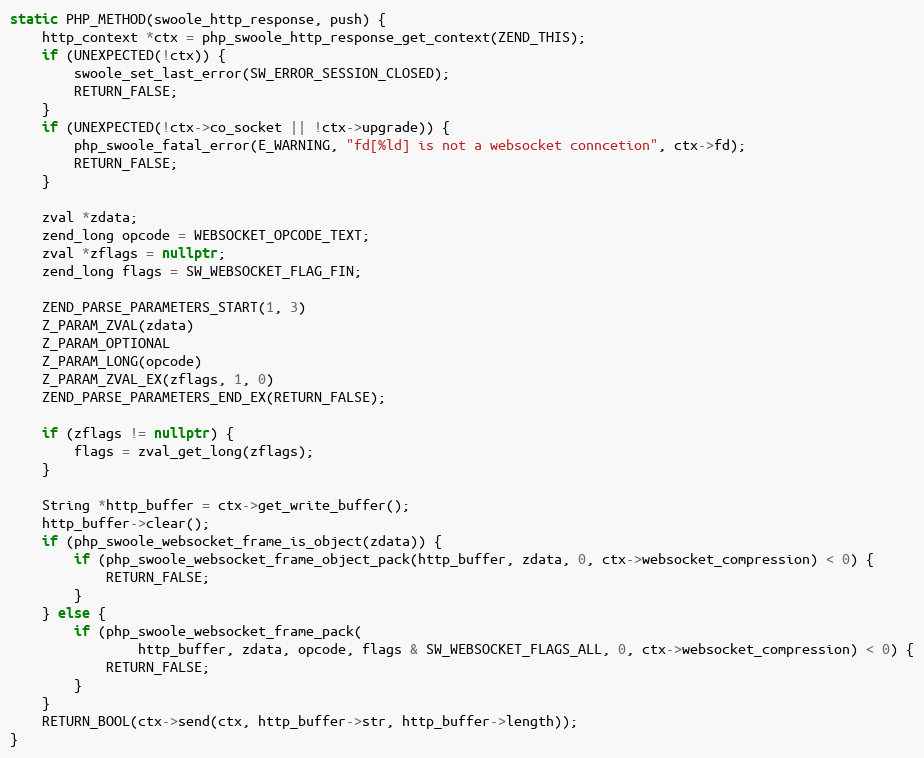
Language: C++
static PHP_METHOD(swoole_http_response, push) {
    http_context *ctx = php_swoole_http_response_get_context(ZEND_THIS);
    if (UNEXPECTED(!ctx)) {
        swoole_set_last_error(SW_ERROR_SESSION_CLOSED);
        RETURN_FALSE;
    }
    if (UNEXPECTED(!ctx->co_socket || !ctx->upgrade)) {
        php_swoole_fatal_error(E_WARNING, "fd[%ld] is not a websocket conncetion", ctx->fd);
        RETURN_FALSE;
    }

    zval *zdata;
    zend_long opcode = WEBSOCKET_OPCODE_TEXT;
    zval *zflags = nullptr;
    zend_long flags = SW_WEBSOCKET_FLAG_FIN;

    ZEND_PARSE_PARAMETERS_START(1, 3)
    Z_PARAM_ZVAL(zdata)
    Z_PARAM_OPTIONAL
    Z_PARAM_LONG(opcode)
    Z_PARAM_ZVAL_EX(zflags, 1, 0)
    ZEND_PARSE_PARAMETERS_END_EX(RETURN_FALSE);

    if (zflags != nullptr) {
        flags = zval_get_long(zflags);
    }

    String *http_buffer = ctx->get_write_buffer();
    http_buffer->clear();
    if (php_swoole_websocket_frame_is_object(zdata)) {
        if (php_swoole_websocket_frame_object_pack(http_buffer, zdata, 0, ctx->websocket_compression) < 0) {
            RETURN_FALSE;
        }
    } else {
        if (php_swoole_websocket_frame_pack(
                http_buffer, zdata, opcode, flags & SW_WEBSOCKET_FLAGS_ALL, 0, ctx->websocket_compression) < 0) {
            RETURN_FALSE;
        }
    }
    RETURN_BOOL(ctx->send(ctx, http_buffer->str, http_buffer->length));
}